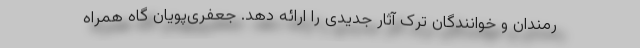
رمندان و خوانندگان ترک آثار جدیدی را ارائه دهد. جعفری‌پویان گاه همراه